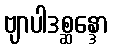
ဗျာပါဒစ္ဆန္ဒော